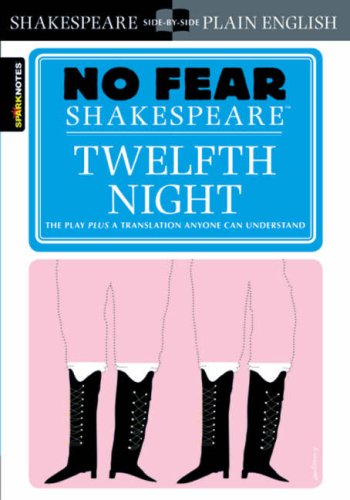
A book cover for Twelfth Night (No Fear Shakespeare); William Shakespeare; Literature & Fiction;